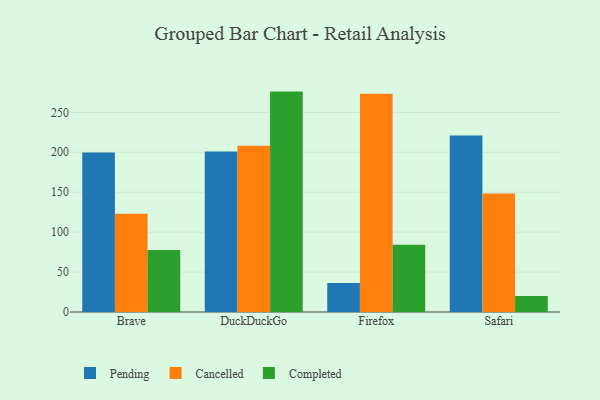
{"axis": {"x": "Browser", "y": "Latency (ms)"}, "legend": ["Cancelled", "Completed", "Pending"], "data": [{"x": "Brave", "y": 199.8, "type": "Pending"}, {"x": "Brave", "y": 123.0, "type": "Cancelled"}, {"x": "Brave", "y": 77.6, "type": "Completed"}, {"x": "DuckDuckGo", "y": 201.1, "type": "Pending"}, {"x": "DuckDuckGo", "y": 208.2, "type": "Cancelled"}, {"x": "DuckDuckGo", "y": 276.0, "type": "Completed"}, {"x": "Firefox", "y": 36.2, "type": "Pending"}, {"x": "Firefox", "y": 273.2, "type": "Cancelled"}, {"x": "Firefox", "y": 84.2, "type": "Completed"}, {"x": "Safari", "y": 221.0, "type": "Pending"}, {"x": "Safari", "y": 148.4, "type": "Cancelled"}, {"x": "Safari", "y": 20.0, "type": "Completed"}]}